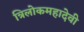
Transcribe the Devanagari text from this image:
त्रिलोकमहादेवी